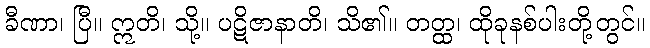
ခီဏာ၊ ပြီ။ ဣတိ၊ သို့။ ပဋိဇာနာတိ၊ သိ၏။ တတ္ထ၊ ထိုခုနစ်ပါးတို့တွင်။